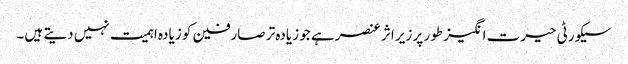
سیکورٹی حیرت انگیز طور پر زیر اثر عنصر ہے جو زیادہ تر صارفین کو زیادہ اہمیت نہیں دیتے ہیں۔